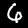
Label: 6